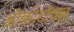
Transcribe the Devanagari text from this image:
ओकोटोक्स